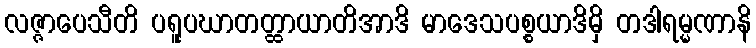
လဇ္ဇာပေသီတိ ပရူပဃာတတ္ထာယာတိအာဒိ မာဒေသပစ္စယာဒိမှိ တဒါရမ္မဏာနိ